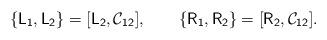
LaTeX: \begin{align*}\{\mathsf{L_1} , \mathsf{L_2} \} = [\mathsf{L_2} ,\mathsf{\mathcal{C}_{12}}], \qquad \{\mathsf{R_1} , \mathsf{R_2}\} = [\mathsf{R_2} , \mathsf{\mathcal{C}_{12}}].\end{align*}